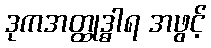
ဒုကအတ္ထုဒ္ဓါရ အဖွင့်